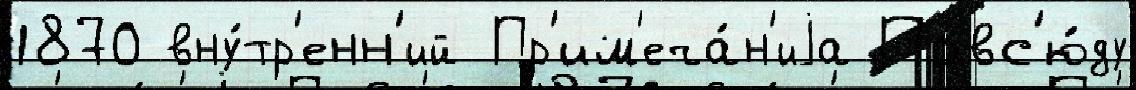
1870 вну́тр'енн'ий Пр'им'еча́н'иjа Повс'ю́ду